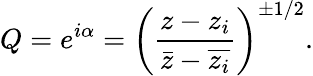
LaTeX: Q=e^{i\alpha}=\left(\frac{z-z_{i}}{\bar{z}-\overline{{z_{i}}}}\right)^{\pm 1/2}.